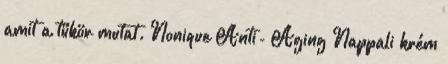
amit a tükör mutat. Nonique Anti- Aging Nappali krém